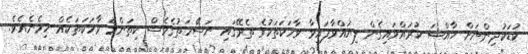
ކުޑަކުދިންނަށް ޚާއްޞަ ކުރައްވައިގެން ލިޔުއްވާފައިވާ ވާހަކަތަކުގެ ތެރޭގައި ނަސޭހަތުގެވެސް ކިތަންމެ ވާހަކަތަކެއް ހިމެނެއެވެ.